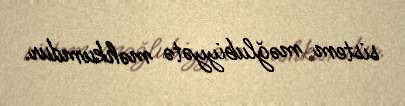
sistem məğlubiyyətə məhkumdur.